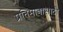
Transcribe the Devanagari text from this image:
प्रतिमानासाठी